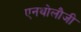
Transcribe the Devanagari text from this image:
एनथोलौजी